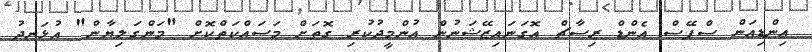
އިންޑިއަން ސްޕޭސް އެންޑް ރިސާޗް އޮގަނައިޒޭޝަނުން އުންމީދުކުރި ގޮތަށް މަސައްކަތްކޮށް "މަންގަލިޔާން" އުޅަނދު